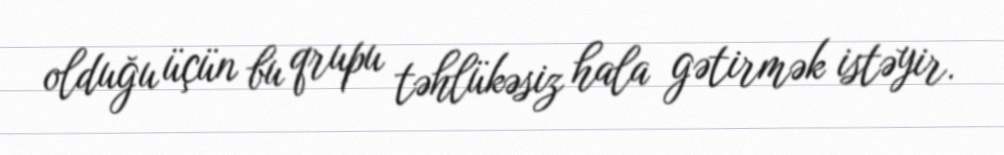
olduğu üçün bu qrupu təhlükəsiz hala gətirmək istəyir.